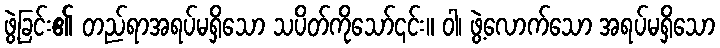
ဖွဲ့ခြင်း၏ တည်ရာအရပ်မရှိသော သပိတ်ကိုသော်၎င်း။ ဝါ၊ ဖွဲ့လောက်သော အရပ်မရှိသော